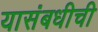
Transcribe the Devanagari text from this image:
यासंबधीची